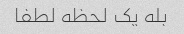
بله یک لحظه لطفا